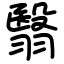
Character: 翳